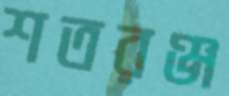
শতরঞ্জ